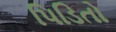
પિડિતો